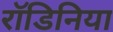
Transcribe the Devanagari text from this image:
रॉडिनिया